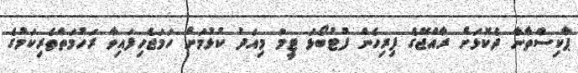
ޕާކިސްތާނާ ދެކޮޅަށް ރާއްޖޭގެ ފިރިހެން ފުޓުބޯޅަ ޓީމު މިއަދު ކުޅުމަށް ހަމަޖެހިފައިވާ ރަހުމަތްތެރިކަމުގެ